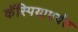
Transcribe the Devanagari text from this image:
कॅस्पियापर्यंत